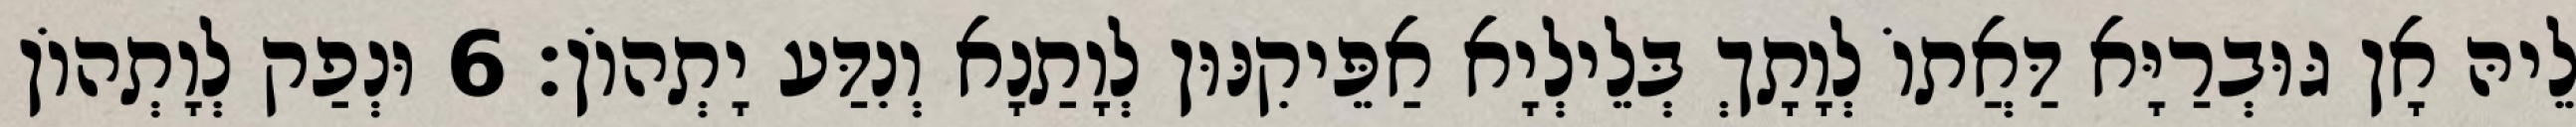
לֵיהּ אָן גּוּבְרַיָּא דַּאֲתוֹ לְוָתָךְ בְּלֵילְיָא אַפֵּיקִנּוּן לְוָתַנָא וְנִדַּע יָתְהוֹן׃ 6 וּנְפַק לְוָתְהוֹן